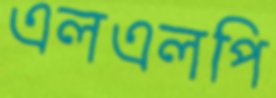
এলএলপি